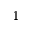
^ { 1 }